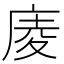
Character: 庱